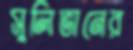
সুলিভানের